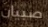
صبيان